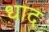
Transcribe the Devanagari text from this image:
धाद